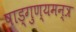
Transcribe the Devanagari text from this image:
षाड्गुण्यमन्त्र